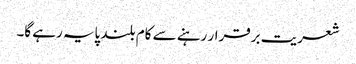
شعریت برقرار رہنے سے کام بلند پایہ رہے گا۔